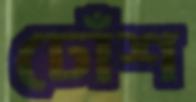
ঢোঁশ